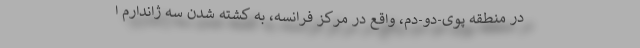
در منطقه پوی-دو-دم، واقع در مرکز فرانسه، به کشته شدن سه ژاندارم ا